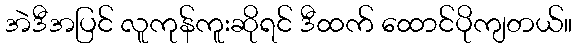
အဲဒီအပြင် လူကုန်ကူးဆိုရင် ဒီထက် ထောင်ပိုကျတယ်။